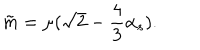
\tilde { m } = \mu ( \sqrt { 2 } - \frac { 4 } { 3 } \alpha _ { s } ) .